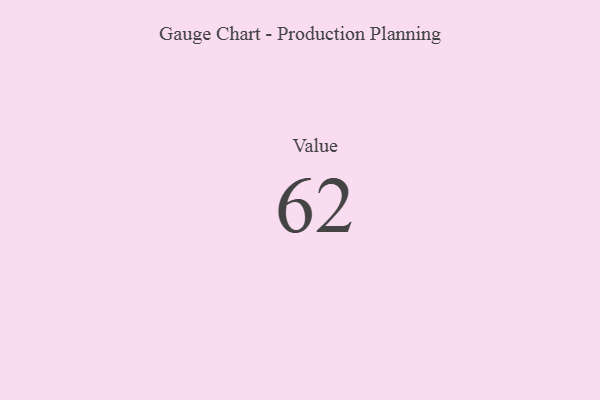
{"axis": {"x": "Metric", "y": "Value"}, "legend": [""], "data": [{"x": "Value", "y": 62, "type": ""}]}